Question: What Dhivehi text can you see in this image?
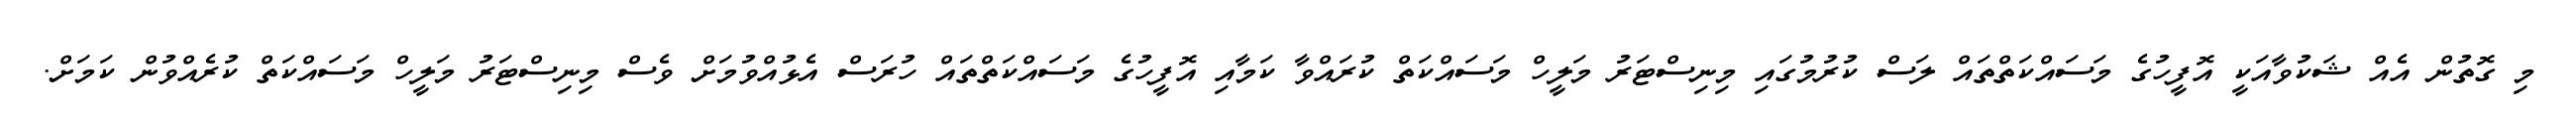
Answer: މި ގޮތުން އެއް ޝަކުވާއަކީ އޮފީހުގެ މަސައްކަތްތައް ލަސް ކުރުމުގައި މިނިސްޓަރު މަލީހް މަސައްކަތް ކުރައްވާ ކަމާއި އޮފީހުގެ މަސައްކަތްތައް ހުރަސް އެޅުއްވުމަށް ވެސް މިނިސްޓަރު މަލީހް މަސައްކަތް ކުރެއްވުން ކަމަށް.